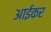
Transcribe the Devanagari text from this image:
आईकर